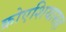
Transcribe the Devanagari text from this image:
क्रोएशियासह